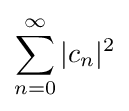
\sum _{n=0}^{\infty }|c_{n}|^{2}